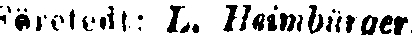
företedt: L. Heimbürger.